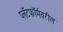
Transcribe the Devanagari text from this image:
प्लॅटफॉर्मवरील